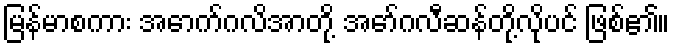
မြန်မာစကား အောက်ဂလိအာတို့ အော်ဂလီဆန်တို့လိုပင် ဖြစ်၏။